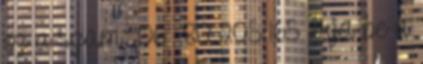
ez a szám: 06 80 205 165 Írja be a